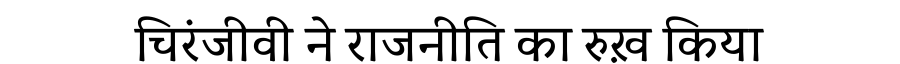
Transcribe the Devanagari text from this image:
चिरंजीवी ने राजनीति का रुख़ किया